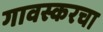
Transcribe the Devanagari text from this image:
गावस्करचा